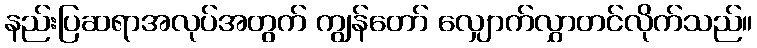
နည်းပြဆရာအလုပ်အတွက် ကျွန်တော် လျှောက်လွှာတင်လိုက်သည်။